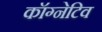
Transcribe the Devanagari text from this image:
कॉग्नेटिव